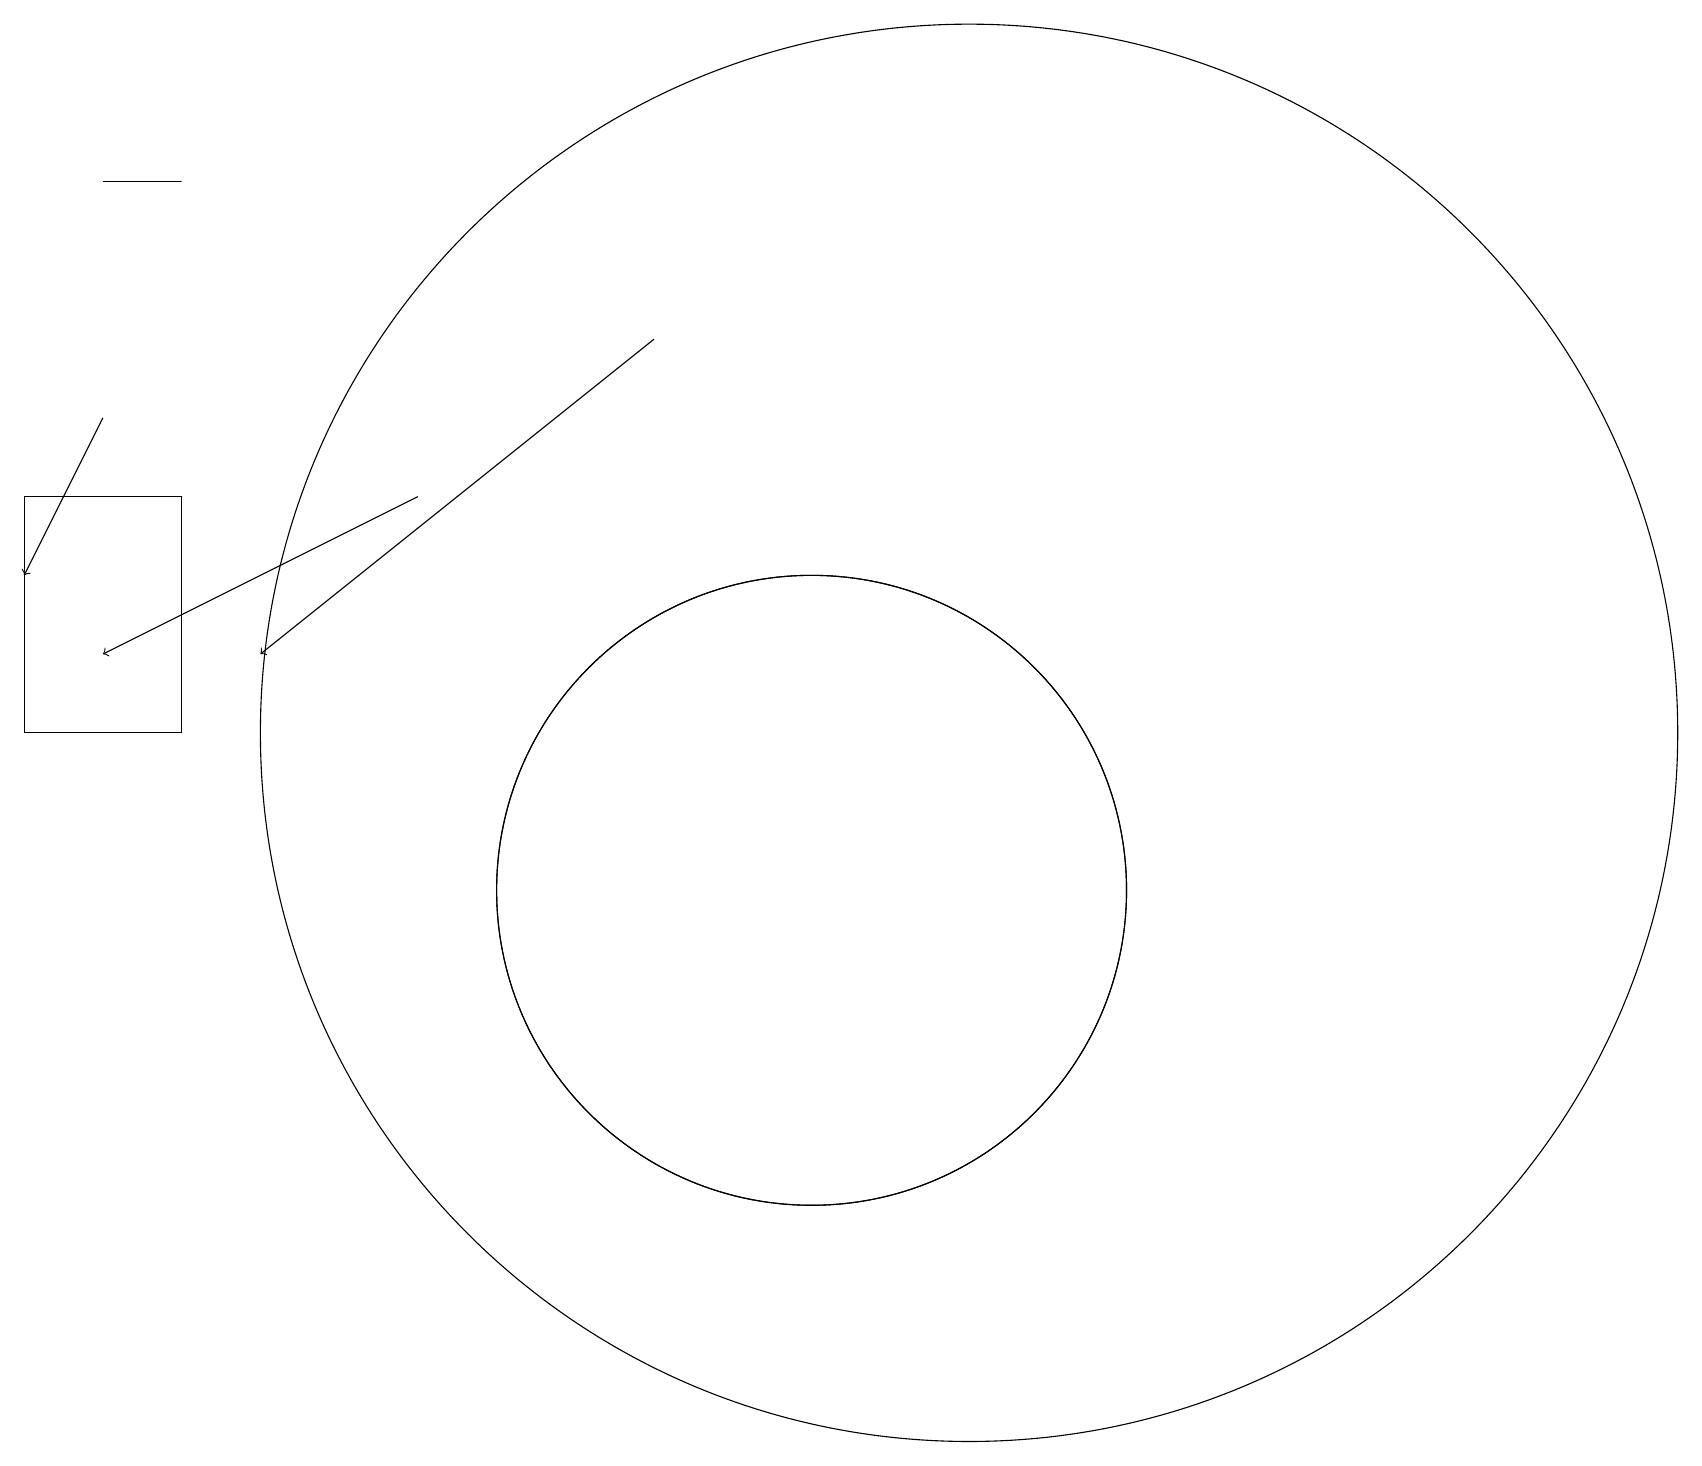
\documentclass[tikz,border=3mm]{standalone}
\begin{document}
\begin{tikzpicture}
\draw (1,19) rectangle (2,19);
\draw (12,12) circle (9);
\draw (0,12) rectangle (2,15);
\draw[->] (1,16) -- (0,14);
\draw (10,10) circle (4);
\draw (10,10) circle (4);
\draw[->] (8,17) -- (3,13);
\draw[->] (5,15) -- (1,13);
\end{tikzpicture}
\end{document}